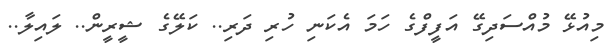
މިއުޅޭ މުއްސަދިގޭ އަފީފްގެ ހަމަ އެކަނި ހުރި ދަރި.. ކަލޭގެ ޝީރީން.. ލައިލާ..